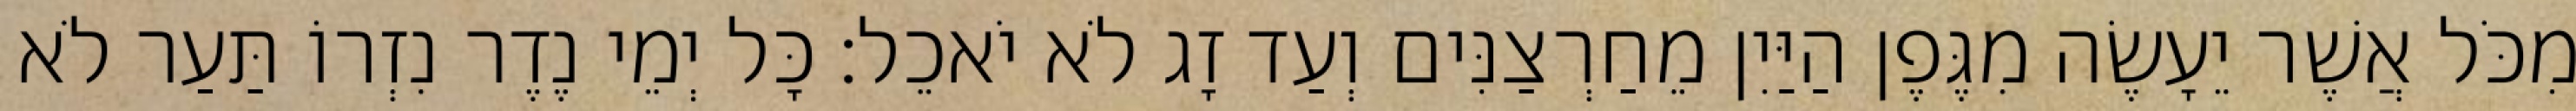
מִכֹּל אֲשֶׁר יֵעָשֶׂה מִגֶּפֶן הַיַּיִן מֵחַרְצַנִּים וְעַד זָג לֹא יֹאכֵל׃ כָּל יְמֵי נֶדֶר נִזְרוֹ תַּעַר לֹא